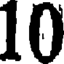
10